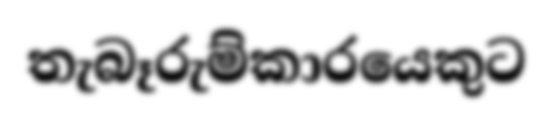
තැබෑරුම්කාරයෙකුට